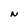
Character: N